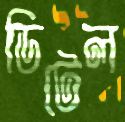
ডিটেল